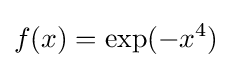
f(x)=\exp(-x^{4})